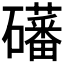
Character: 𪿾